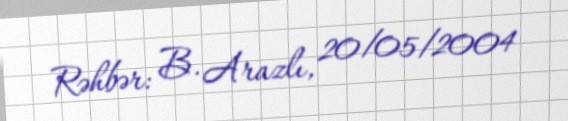
Rəhbər: B. Arazlı, 20/05/2004